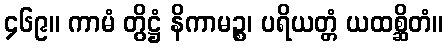
၄၆၉။ ကာမံ တွိဋ္ဌံ နိကာမဉ္စ၊ ပရိယတ္တံ ယထစ္ဆိတံ။